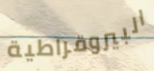
البيروقراطية